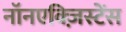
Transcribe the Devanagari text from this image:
नॉनएक्ज़िस्टेंस